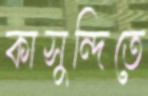
কাসুন্দিতে